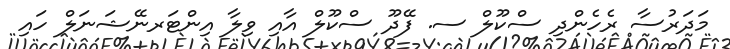
މަދަރުސާ ރެހެންދި ސްކޫލް ސ. ފޭދޫ ސްކޫލް އާއި ވިލާ އިންޓަރނޭޝަނަލް ހައި